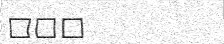
٢٥٢